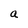
Character: a